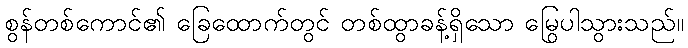
စွန်တစ်ကောင်၏ ခြေထောက်တွင် တစ်ထွာခန့်ရှိသော မြွေပါသွားသည်။